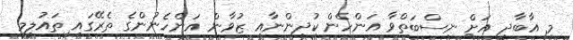
މި އާބާދީ އަށް ނިސްބަތްވާ އަންހެން ކުދިންނާއި ޒުވާން އަންހެނުންގެ ތެރޭގައި ތައުލީމީ